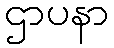
ဌာပနာ